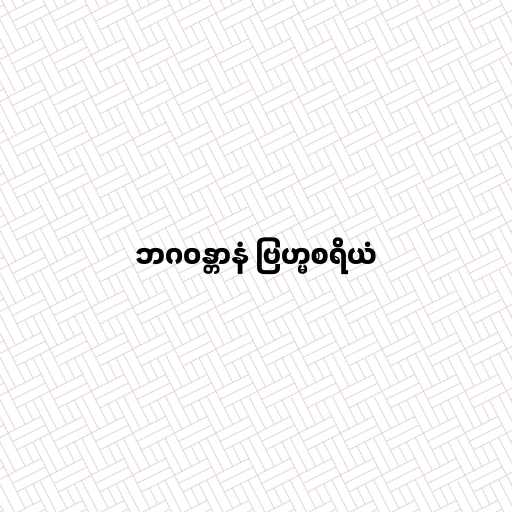
ဘဂဝန္တာနံ ဗြဟ္မစရိယံ